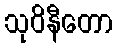
သုဝိနီတော